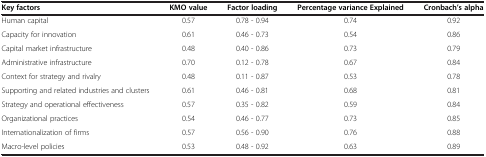
<table><thead><tr><td><b>Key factors</b></td><td><b>KMO value</b></td><td><b>Factor loading</b></td><td><b>Percentage variance Explained</b></td><td><b>Cronbach’s alpha</b></td></tr></thead><tbody><tr><td>Human capital</td><td>0.57</td><td>0.78 - 0.94</td><td>0.74</td><td>0.92</td></tr><tr><td>Capacity for innovation</td><td>0.61</td><td>0.46 - 0.73</td><td>0.54</td><td>0.86</td></tr><tr><td>Capital market infrastructure</td><td>0.48</td><td>0.40 - 0.86</td><td>0.73</td><td>0.79</td></tr><tr><td>Administrative infrastructure</td><td>0.70</td><td>0.12 - 0.78</td><td>0.67</td><td>0.84</td></tr><tr><td>Context for strategy and rivalry</td><td>0.48</td><td>0.11 - 0.87</td><td>0.53</td><td>0.78</td></tr><tr><td>Supporting and related industries and clusters</td><td>0.61</td><td>0.46 - 0.81</td><td>0.68</td><td>0.81</td></tr><tr><td>Strategy and operational effectiveness</td><td>0.57</td><td>0.35 - 0.82</td><td>0.59</td><td>0.84</td></tr><tr><td>Organizational practices</td><td>0.54</td><td>0.46 - 0.77</td><td>0.73</td><td>0.85</td></tr><tr><td>Internationalization of firms</td><td>0.57</td><td>0.56 - 0.90</td><td>0.76</td><td>0.88</td></tr><tr><td>Macro-level policies</td><td>0.53</td><td>0.48 - 0.92</td><td>0.63</td><td>0.89</td></tr></tbody></table>